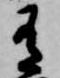
有